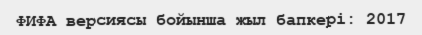
ФИФА версиясы бойынша жыл бапкері: 2017